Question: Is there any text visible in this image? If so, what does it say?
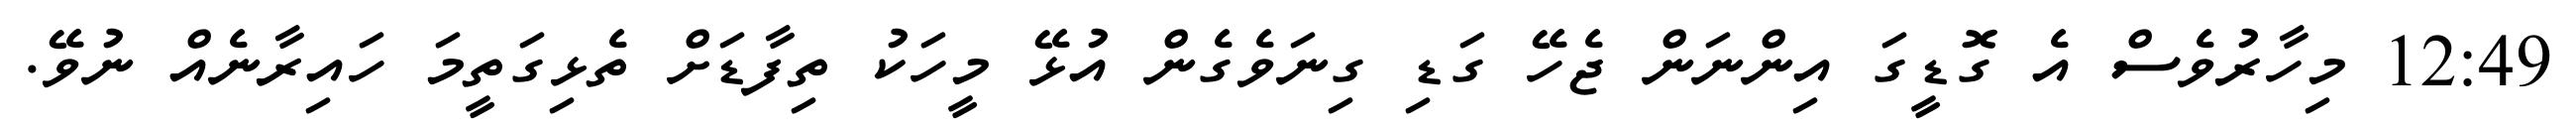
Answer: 12:49 މިހާރުވެސް އެ ގޮޑީގަ އިންނަން ޖެހޭ ގަޑި ގިނަވެގެން އުޅޭ މީހަކު ތިފާޑަށް ތެޅިގަތީމަ ހައިރާނެއް ނުވޭ.